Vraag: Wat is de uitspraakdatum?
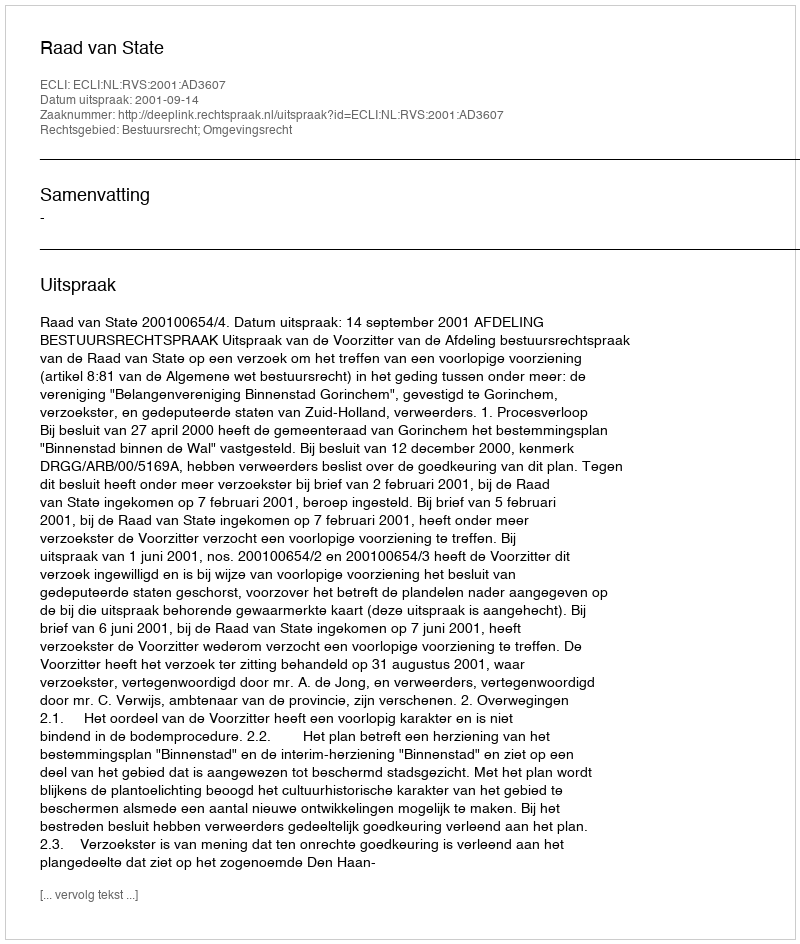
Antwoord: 2001-09-14